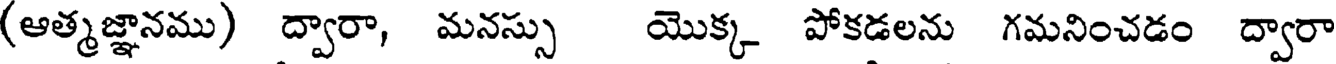
(ఆత్మజ్ఞానము) ద్వారా, మనస్సు యొక్క పోకడలను గమనించడం ద్వారా